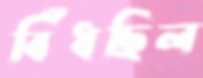
বিঁধছিল